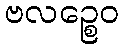
ဗလဉ္စေဝ